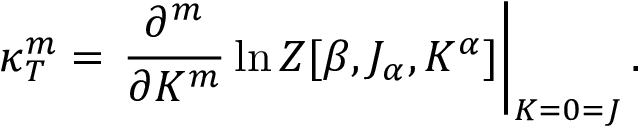
\kappa _ { T } ^ { m } = \left. \frac { \partial ^ { m } } { \partial K ^ { m } } \ln Z [ \beta , J _ { \alpha } , K ^ { \alpha } ] \right| _ { K = 0 = J } .